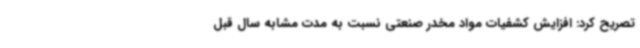
تصریح کرد: افزایش کشفیات مواد مخدر صنعتی نسبت به مدت مشابه سال قبل